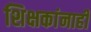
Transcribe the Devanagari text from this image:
शिक्षकांनाही